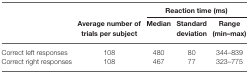
<table><thead><tr><td></td><td></td><td colspan="3"><b>Reaction time (ms)</b></td></tr><tr><td></td><td><b>Average number of trials per subject</b></td><td><b>Median</b></td><td><b>Standard deviation</b></td><td><b>Range (min–max)</b></td></tr></thead><tbody><tr><td>Correct left responses</td><td>108</td><td>480</td><td>80</td><td>344–839</td></tr><tr><td>Correct right responses</td><td>108</td><td>467</td><td>77</td><td>323–775</td></tr></tbody></table>